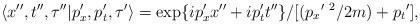
LaTeX: \begin{align*}\langle x'',t'',\tau'' |p_x',p_t',\tau'\rangle= \exp\{ip_x'x''+ip_t't''\}/[({p_x}'^{\ 2}/2m)+{p_t}'],\end{align*}